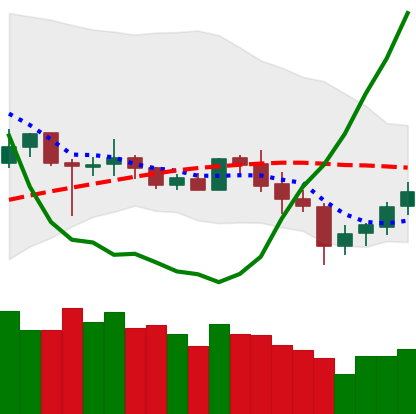
Ticker: XLM-USD
Chart end date: 2020-07-01
Forward return: 4.928%
Label: up_3_5